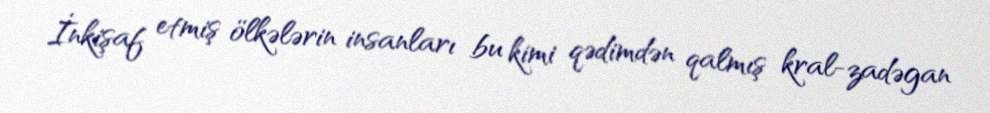
İnkişaf etmiş ölkələrin insanları bu kimi qədimdən qalmış kral-zadəgan